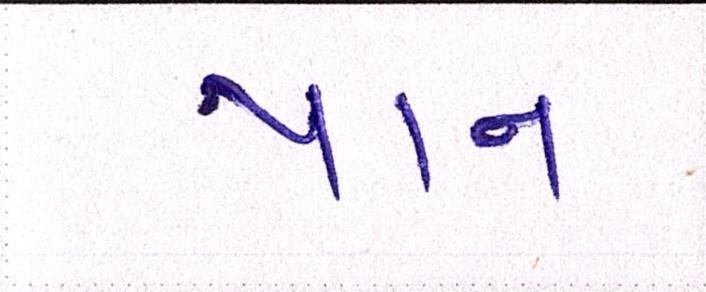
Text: પાન